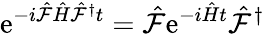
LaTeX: \mathrm{e}^{-i\hat{{\mathcal{{F}}}}\hat{{H}}\hat{{\mathcal{{F}}}}^{\dagger}t}=\hat{{\mathcal{{F}}}}\mathrm{e}^{-i\hat{{H}}t}\hat{{\mathcal{{F}}}}^{\dagger}